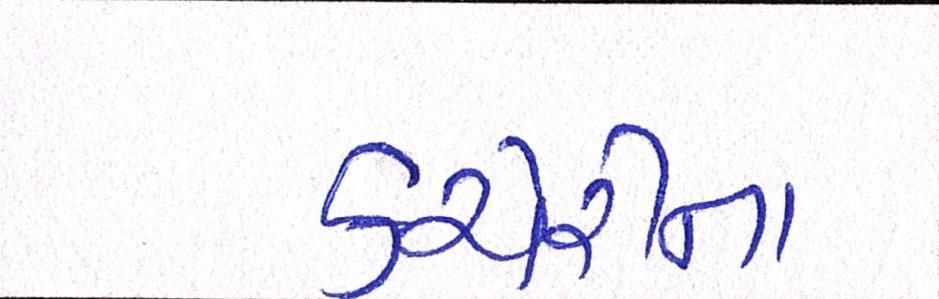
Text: કચેરીના